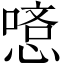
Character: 𠼿